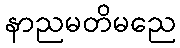
နာညမတိမညေ